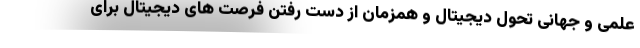
علمی و جهانیِ تحول دیجیتال و همزمان از دست رفتن فرصت های دیجیتال برای